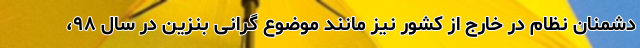
دشمنان نظام در خارج از کشور نیز مانند موضوع گرانی بنزین در سال ٩٨،